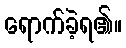
ရောက်ခဲ့ရ၏။